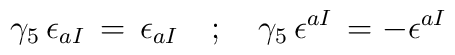
\gamma _5 \, \epsilon _{aI} \, = \, \epsilon _{aI} \quad ; \quad\gamma _5 \, \epsilon ^{aI} \, = - \epsilon ^{aI}